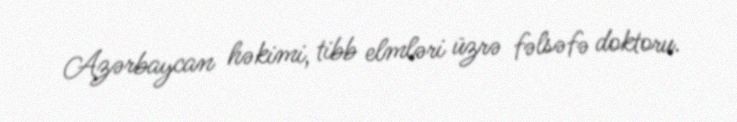
Azərbaycan həkimi, tibb elmləri üzrə fəlsəfə doktoru.